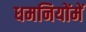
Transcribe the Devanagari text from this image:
धमनियोंमें